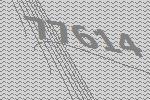
77614